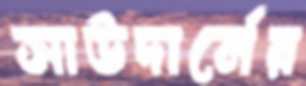
সাউদার্নের